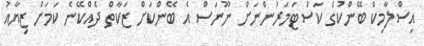
އިސްލާމިކް ބޭންކުގެ ކަސްޓަމަރުންނަށް ނޫނަސް އެ ބޭންކަށް ޒަކާތް ދެއްކޭނެ ކަަމަށް ޒިޔާއު